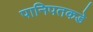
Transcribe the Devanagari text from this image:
पानिपतकडे